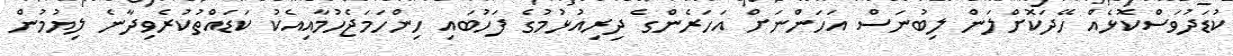
ކުޑަދުވަސްކޮޅެއް ހޭދަކޮށްލަން ލިބުނަސް އަހަންނަށް އަހަރެންގެ ދިރިއުޅުމުގެ ފަހުބައި ހިންހަމަޖެހުމާއިއެކު ކަޑައްތުކުރެވިދާނެ ލިޔުމުން